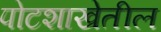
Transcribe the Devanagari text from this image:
पोटशाखेतील